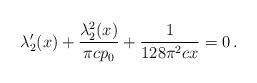
LaTeX: \begin{align*}\lambda_2'(x)+\frac{\lambda_2^2(x)}{\pi c p_0}+\frac{1}{128\pi^2c x}=0\,.\end{align*}